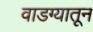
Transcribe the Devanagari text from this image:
वाडग्यातून